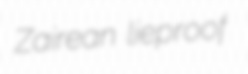
Zairean lieproof